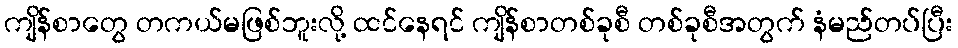
ကျိန်စာတွေ တကယ်မဖြစ်ဘူးလို့ ထင်နေရင် ကျိန်စာတစ်ခုစီ တစ်ခုစီအတွက် နံမည်တပ်ပြီး